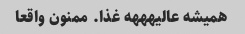
همیشه عالیهههه غذا. ممنون واقعا